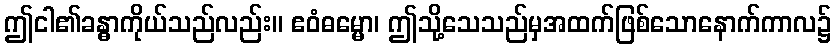
ဤငါ၏ခန္ဓာကိုယ်သည်လည်း။ ဧဝံဓမ္မော၊ ဤသို့သေသည်မှအထက်ဖြစ်သောနောက်ကာလ၌